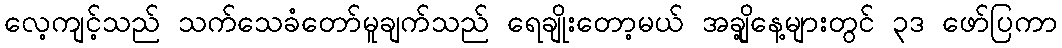
လေ့ကျင့်သည် သက်သေခံတော်မူချက်သည် ရေချိုးတော့မယ် အချို့နေ့များတွင် ၃ဒ ဖော်ပြကာ